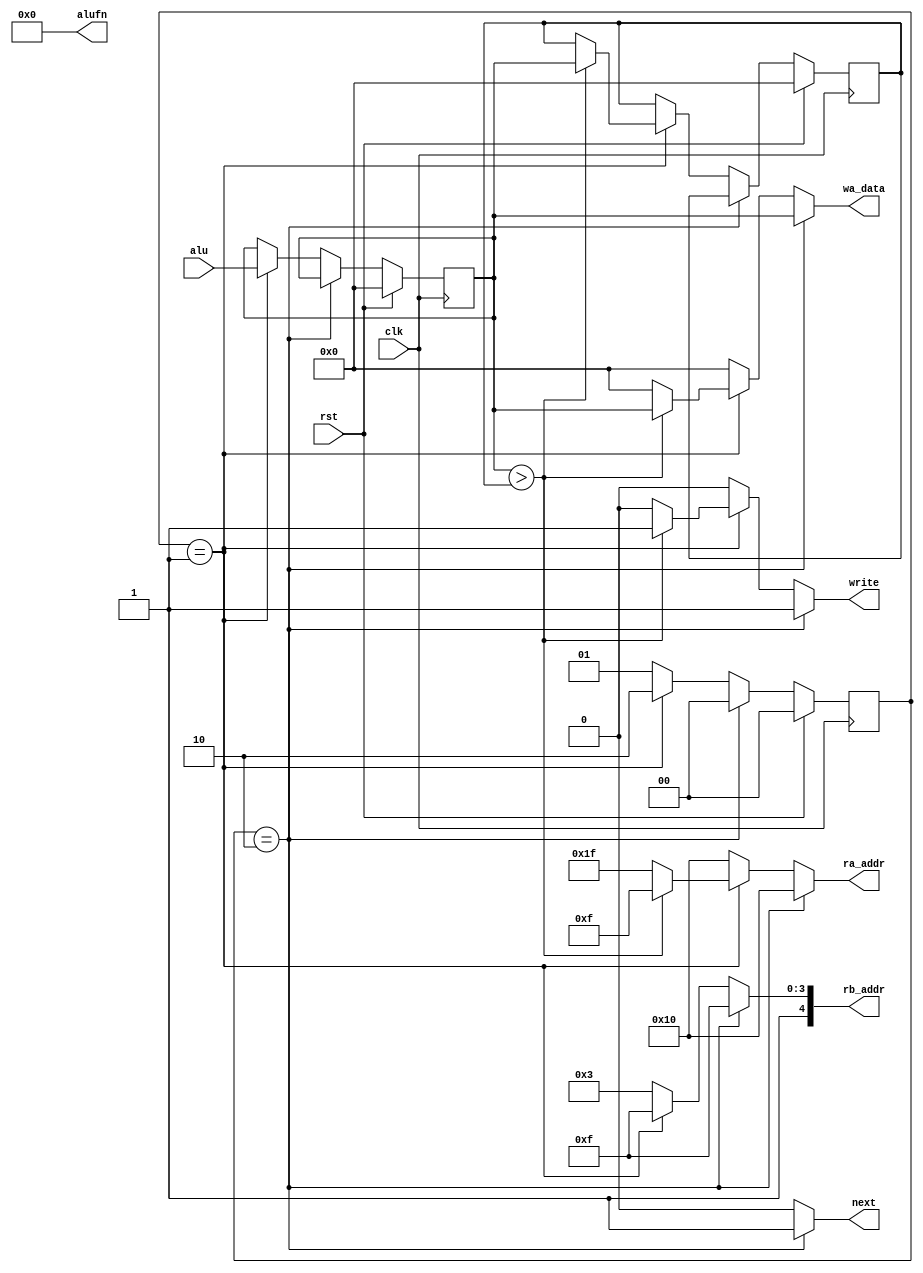
/*
   This file was generated automatically by the Mojo IDE version B1.3.6.
   Do not edit this file directly. Instead edit the original Lucid source.
   This is a temporary file and any changes made to it will be destroyed.
*/

module score_12 (
    input clk,
    input rst,
    input [15:0] alu,
    output reg [5:0] alufn,
    output reg [4:0] ra_addr,
    output reg [4:0] rb_addr,
    output reg [15:0] wa_data,
    output reg write,
    output reg next
  );
  
  
  
  reg [1:0] M_countScore_d, M_countScore_q = 1'h0;
  reg [15:0] M_score_d, M_score_q = 1'h0;
  reg [15:0] M_hiscore_d, M_hiscore_q = 1'h0;
  
  always @* begin
    M_score_d = M_score_q;
    M_hiscore_d = M_hiscore_q;
    M_countScore_d = M_countScore_q;
    
    write = 1'h0;
    alufn = 6'h00;
    ra_addr = 5'h1f;
    rb_addr = 5'h1f;
    wa_data = 16'h0000;
    next = 1'h0;
    if (M_countScore_q == 2'h2) begin
      write = 1'h1;
      ra_addr = 5'h10;
      wa_data = M_score_q;
      M_countScore_d = 1'h0;
      next = 1'h1;
    end else begin
      if (M_countScore_q == 1'h1) begin
        M_score_d = alu;
        if (M_score_q > M_hiscore_q) begin
          M_hiscore_d = M_score_q;
          write = 1'h1;
          ra_addr = 5'h0f;
          wa_data = M_score_q;
        end
        M_countScore_d = 2'h2;
      end else begin
        write = 1'h0;
        alufn = 6'h00;
        ra_addr = 5'h10;
        rb_addr = 5'h13;
        M_countScore_d = 1'h1;
      end
    end
  end
  
  always @(posedge clk) begin
    if (rst == 1'b1) begin
      M_countScore_q <= 1'h0;
      M_score_q <= 1'h0;
      M_hiscore_q <= 1'h0;
    end else begin
      M_countScore_q <= M_countScore_d;
      M_score_q <= M_score_d;
      M_hiscore_q <= M_hiscore_d;
    end
  end
  
endmodule